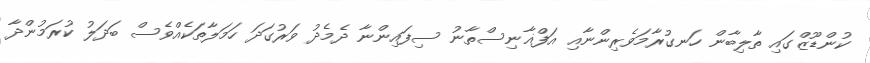
ކުންޑޫޒްގައި ތާލިބާން ހަނގުރާމަވެރިންނާއި އަފްޣާނިސްތާނު ސިފައިންނާ ދެމެދު ވަރުގަދަ ހަމަލާތަކެއްވެސް ބަދަލު ކުރަމުންދާ